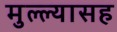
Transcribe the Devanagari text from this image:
मुल्ल्यासह